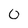
Character: 0